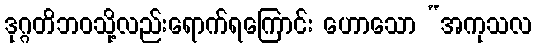
ဒုဂ္ဂတိဘဝသို့လည်းရောက်ရကြောင်း ဟောသော “အကုသလ